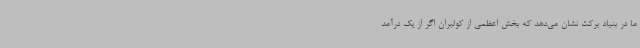
ما در بنیاد برکت نشان می‌دهد که بخش اعظمی از کولبران اگر از یک درآمد